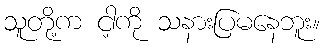
သူတို့က ငါ့ကို သနားပြမနေဘူး။